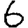
Digit: 6